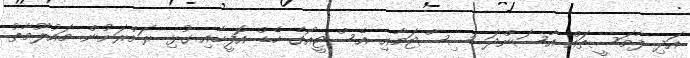
އަދި ފާމަސީތައް އާސަންދަ ސިސްޓަމާއި އެސްޓީއޯގެ ހެޑް އޮފީހާއި ގުޅި ރަށްރަށުން މައުލޫމާތު